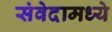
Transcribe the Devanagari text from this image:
संवेदामध्ये